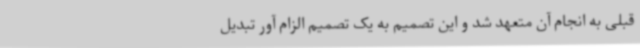
قبلی به انجام آن متعهد شد و این تصمیم به یک تصمیم الزام آور تبدیل